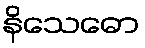
နိသေဓော